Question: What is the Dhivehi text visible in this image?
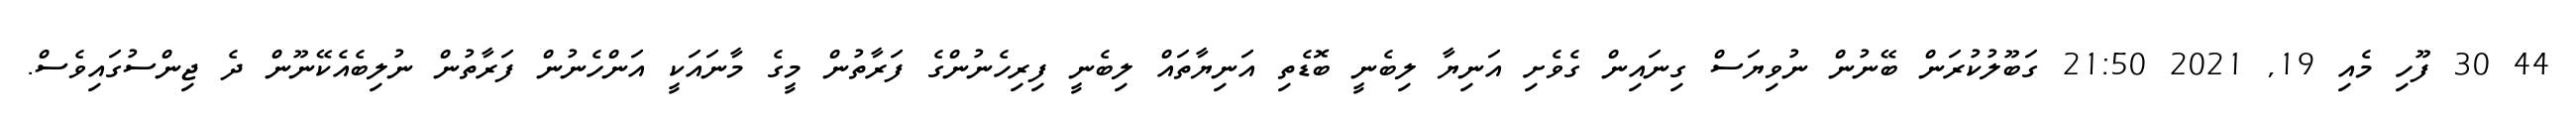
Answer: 44 30 ފޫހި މެއި 19, 2021 21:50 ގަބޫލުކުރަން ބޭނުން ނުވިޔަސް ގިނައިން ގެވެށި އަނިޔާ ލިބެނީ ބޮޑެތި އަނިޔާތައް ލިބެނީ ފިރިހެނުންގެ ފަރާތުން މީގެ މާނައަކީ އަންހެނުން ފަރާތުން ނުލިބެއެކޭނޫން ދެ ޖިންސުގައިވެސް.